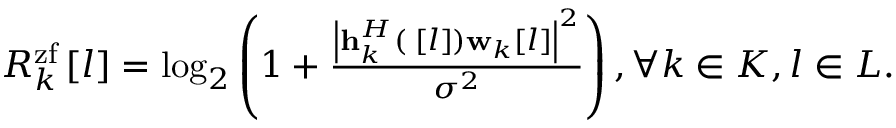
\begin{array} { r } { R _ { k } ^ { \mathrm { { z f } } } \left[ l \right] = { \log _ { 2 } } \left( { 1 + \frac { { { { \left| { { \bf { h } } _ { k } ^ { H } \left( { { \bf { \Theta } } \left[ l \right] } \right) { { \bf { w } } _ { k } } \left[ l \right] } \right| } ^ { 2 } } } } { { { \sigma ^ { 2 } } } } } \right) , \forall k \in { \cal K } , l \in { \cal L } . } \end{array}